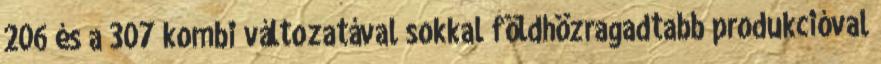
206 és a 307 kombi változatával sokkal földhözragadtabb produkcióval